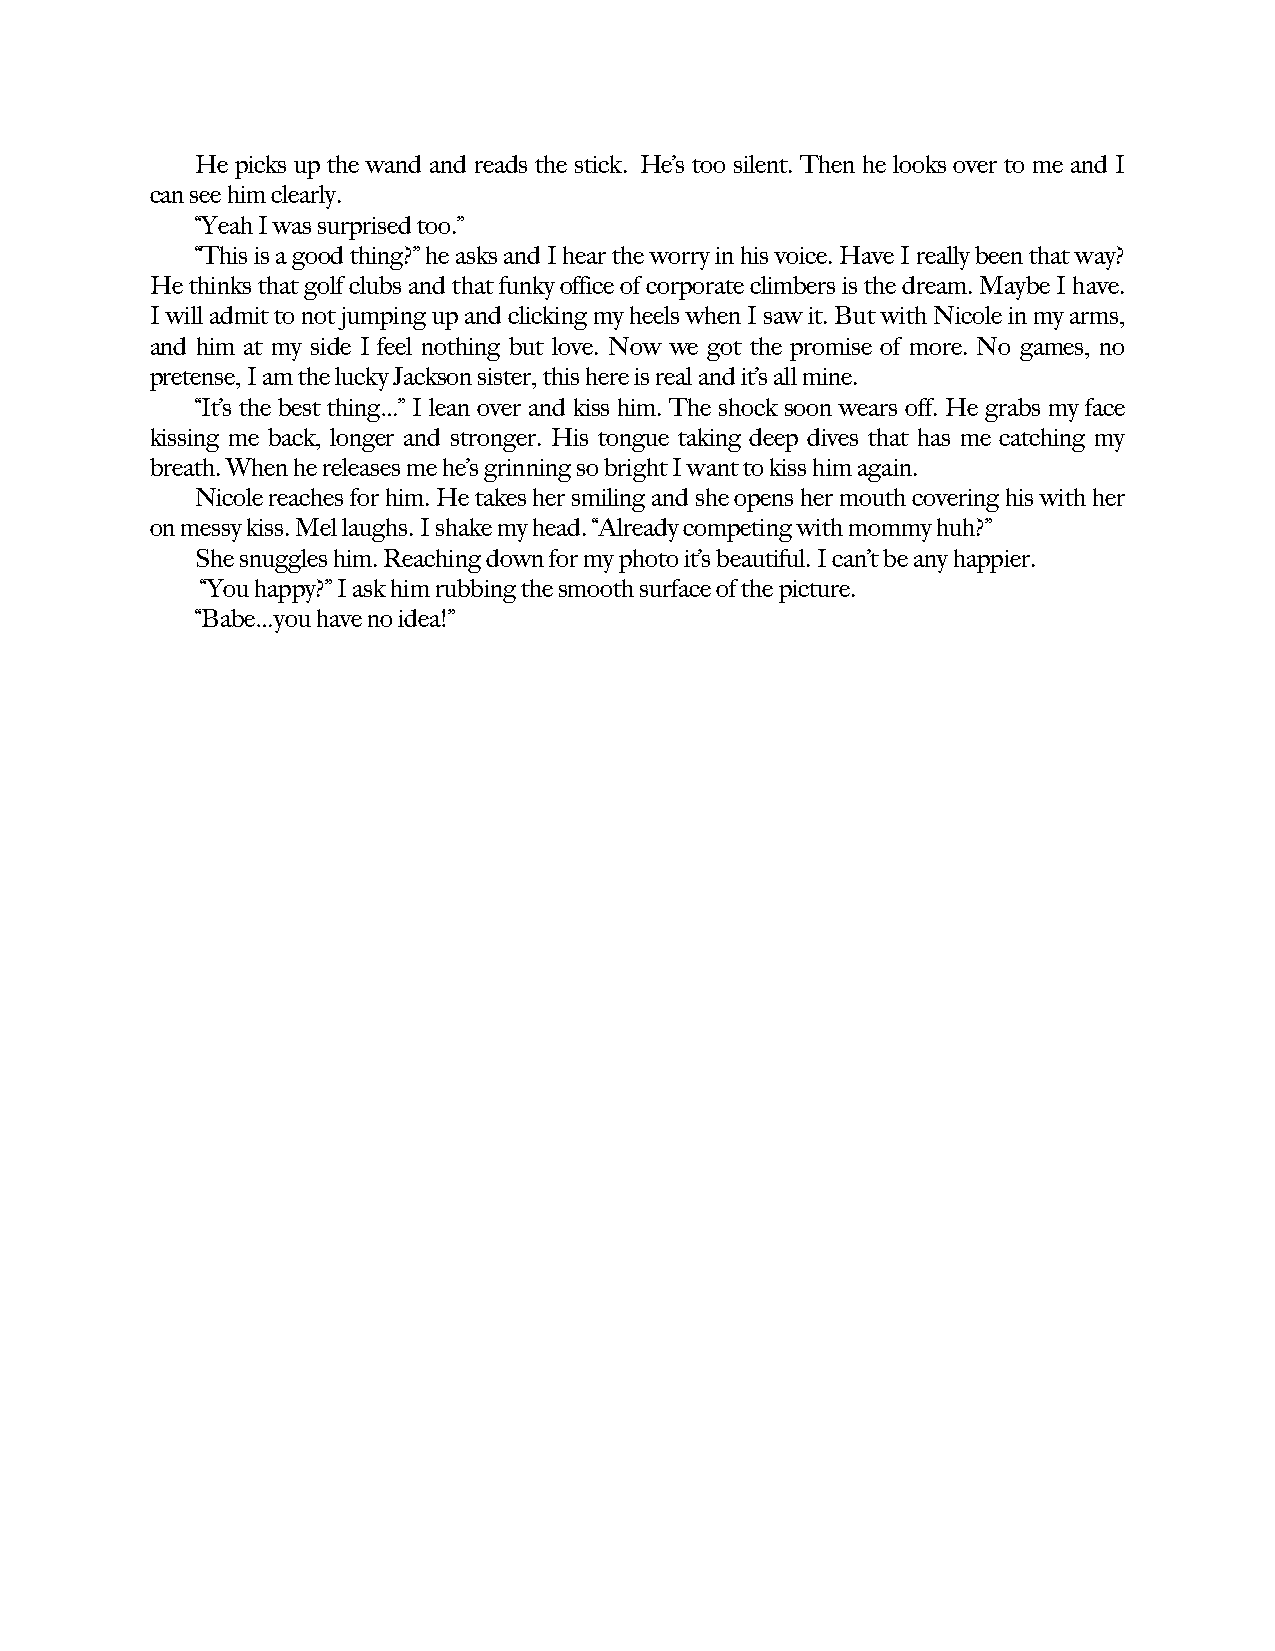
He picks up the wand and reads the stick. He’s too silent. Then he looks over to me and I
 can see him clearly.
 “Yeah I was surprised too.”
 “This is a good thing?” he asks and I hear the worry in his voice. Have I really been that way?
 He thinks that golf clubs and that funky office of corporate climbers is the dream. Maybe I have.
 I will admit to not jumping up and clicking my heels when I saw it. But with Nicole in my arms,
 and him at my side I feel nothing but love. Now we got the promise of more. No games, no
 pretense, I am the lucky Jackson sister, this here is real and it’s all mine.
 “It’s the best thing…” I lean over and kiss him. The shock soon wears off. He grabs my face
 kissing me back, longer and stronger. His tongue taking deep dives that has me catching my
 breath. When he releases me he’s grinning so bright I want to kiss him again.
 Nicole reaches for him. He takes her smiling and she opens her mouth covering his with her
 on messy kiss. Mel laughs. I shake my head. “Already competing with mommy huh?”
 She snuggles him. Reaching down for my photo it’s beautiful. I can’t be any happier.
 “You happy?” I ask him rubbing the smooth surface of the picture.
 “Babe…you have no idea!”